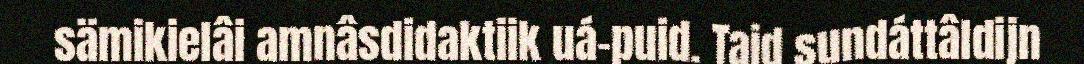
sämikielâi amnâsdidaktiik uá-puid. Taid sundáttâldijn